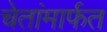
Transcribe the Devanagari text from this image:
चेतांमार्फत